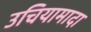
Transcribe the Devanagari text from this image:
उचियामादा